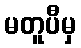
မတူပီမှ